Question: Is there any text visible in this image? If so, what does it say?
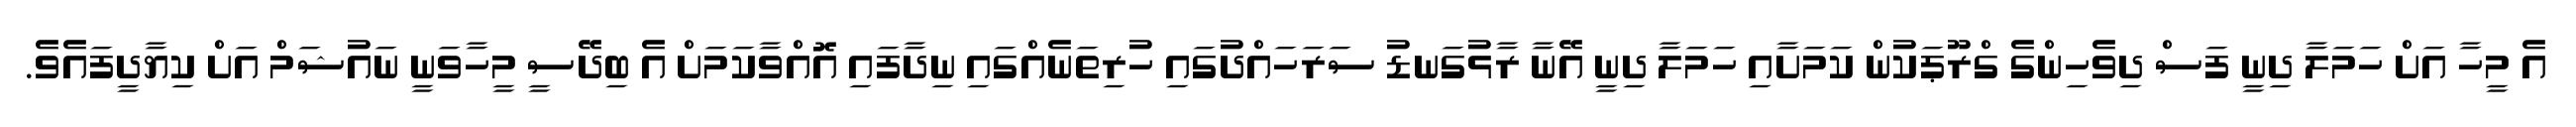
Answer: އެ މީހާ އަށް ހަމަލާ ދިނީ ފަސް ދިވެހިންގެ ގްރޫޕަކުން ކަމަށާއި ހަމަލާ ދިނީ އޭނާ ރާޅުގަނޑު ސަރަހައްދުގައި ހުރިތަނެއްގައި ނިދާފައި އޮއްވާކަމަށް އެ ބިދޭސީ މީހާވަނީ ނައުޝަމް އަށް ކިޔާދީފައެވެ.